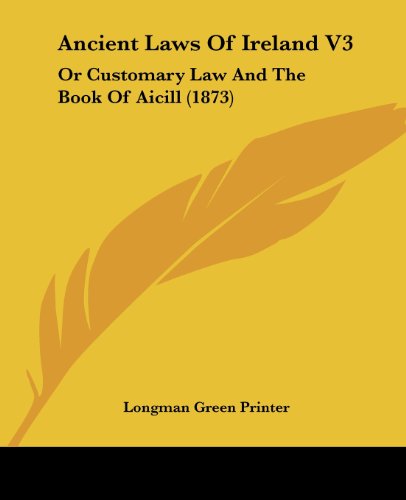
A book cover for Ancient Laws Of Ireland V3: Or Customary Law And The Book Of Aicill (1873); Longman Green Printer; Law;